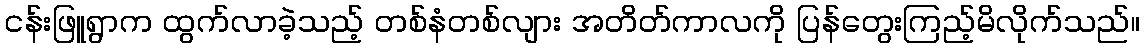
ငန်းဖြူရွာက ထွက်လာခဲ့သည့် တစ်နံတစ်လျား အတိတ်ကာလကို ပြန်တွေးကြည့်မိလိုက်သည်။